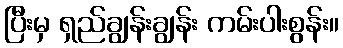
ပြီးမှ ရှည်ချွန်းချွန်း ကမ်းပါးစွန်း။